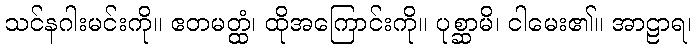
သင်နဂါးမင်းကို။ ဧတမတ္ထံ၊ ထိုအကြောင်းကို။ ပုစ္ဆာမိ၊ ငါမေး၏။ အာဠာရ၊